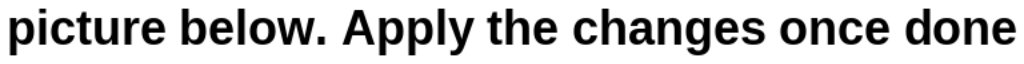
picture below. Apply the changes once done